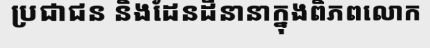
ប្រជាជន និងដែនដីនានាក្នុងពិភពលោក